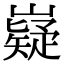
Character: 嶷